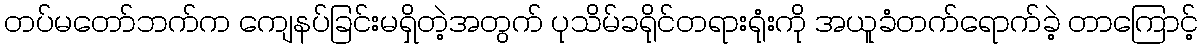
တပ်မတော်ဘက်က ကျေနပ်ခြင်းမရှိတဲ့အတွက် ပုသိမ်ခရိုင်တရားရုံးကို အယူခံတက်ရောက်ခဲ့ တာကြောင့်